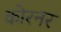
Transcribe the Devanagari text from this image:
कोरनर